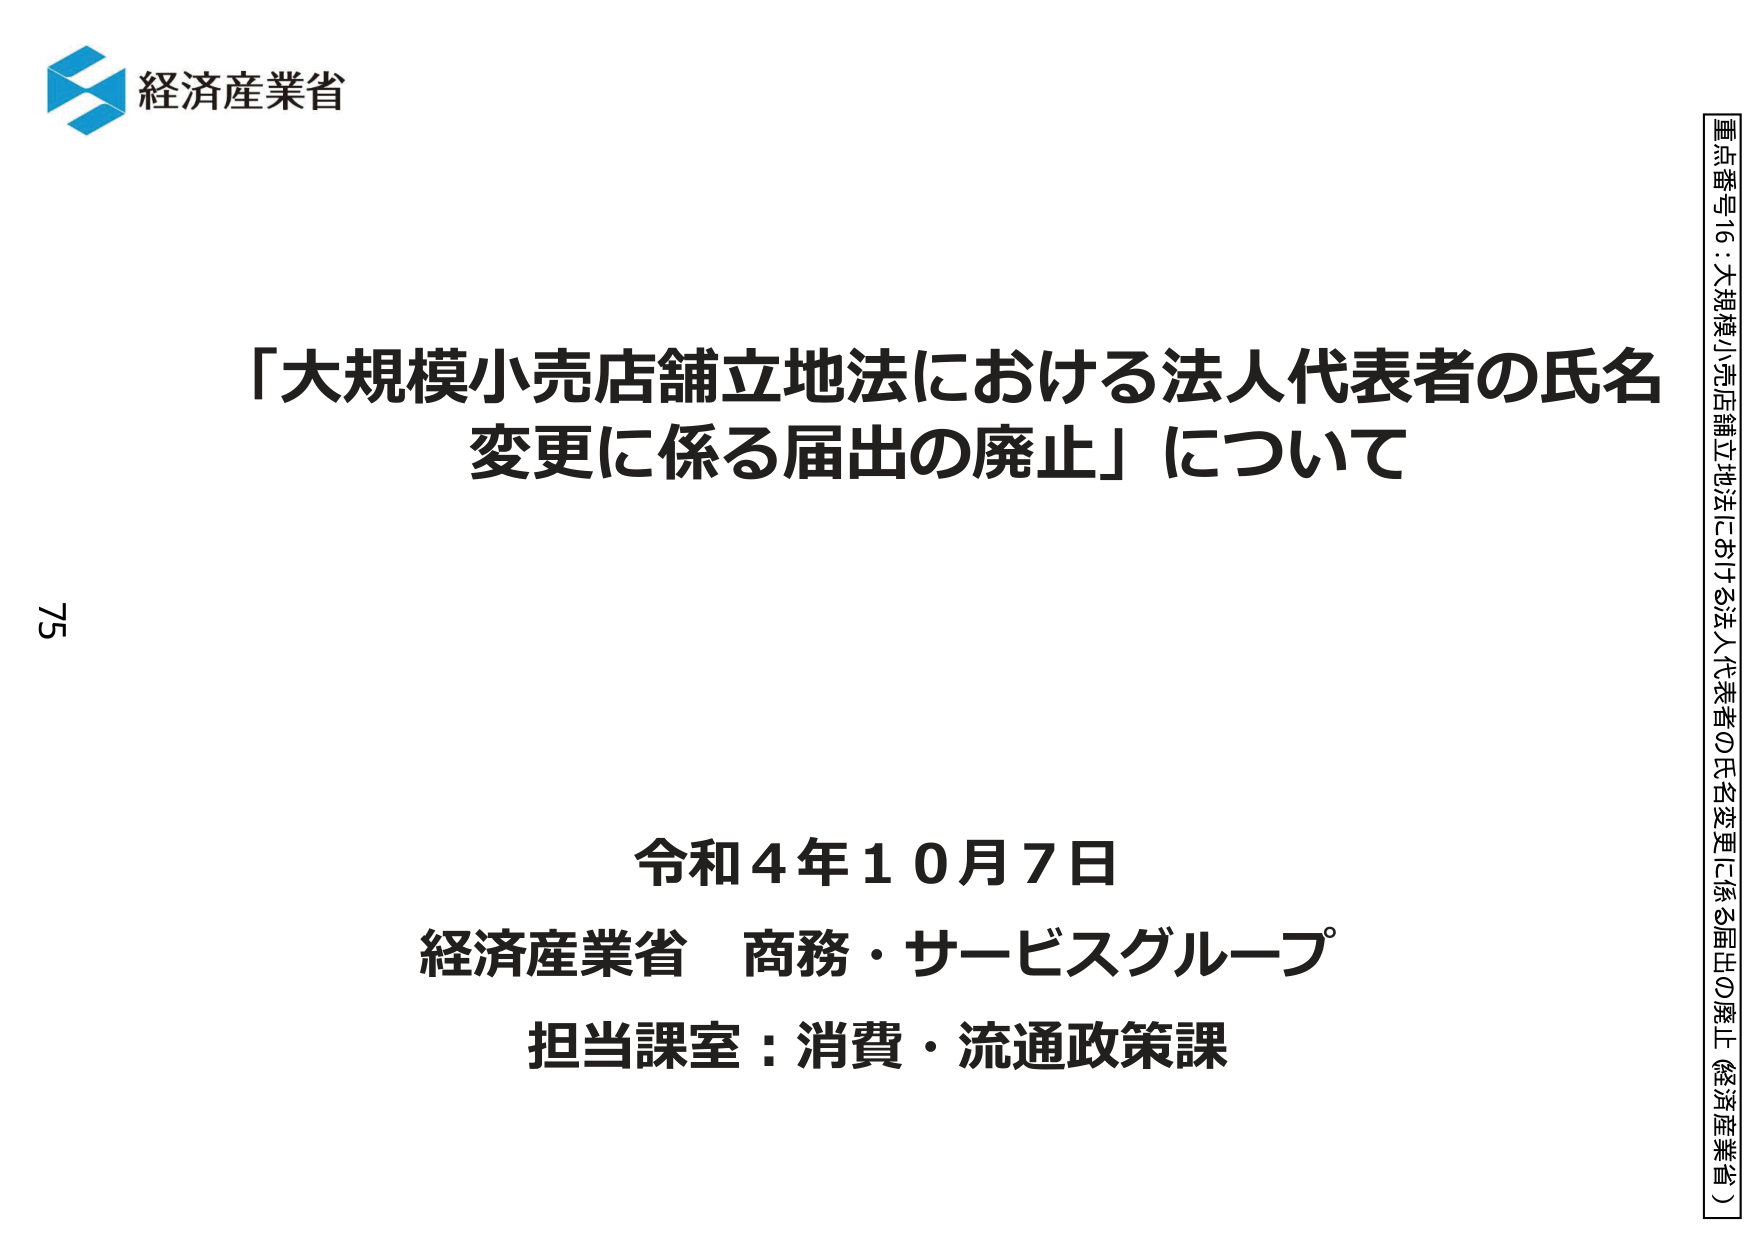
経済産業省
「大規模小売店舗立地法における法人代表者の氏名変更に係る届出の廃止」について
令和４年１０月７日
経済産業省 商務・サービスグループ
担当課室：消費・流通政策課
75
重点番号16：大規模小売店舗立地法における法人代表者の氏名変更に係る届出の廃止（経済産業省）